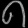
Digit: ၈